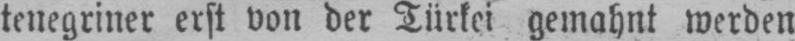
tenegriner erst von der Türkei gemahnt werden